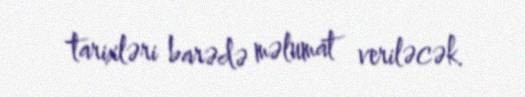
tarixləri barədə məlumat veriləcək.